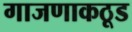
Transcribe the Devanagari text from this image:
गाजणाकठूड